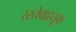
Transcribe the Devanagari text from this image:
रस्तेवाहतूक